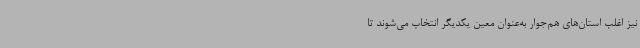
نیز اغلب استان‌های هم‌جوار به‌عنوان معین یکدیگر انتخاب می‌شوند تا